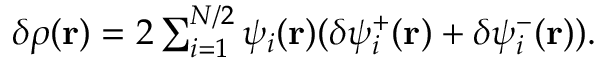
\begin{array} { r } { \delta \rho ( \mathbf r ) = 2 \sum _ { i = 1 } ^ { N / 2 } \psi _ { i } ( \mathbf r ) ( \delta \psi _ { i } ^ { + } ( \mathbf r ) + \delta \psi _ { i } ^ { - } ( \mathbf r ) ) . } \end{array}